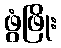
ဖွံဖြိုး